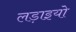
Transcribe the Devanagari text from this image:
लड़ाइयो